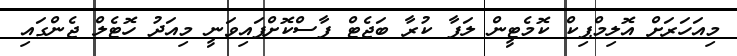
މިއަހަރަށް އޮލިމްޕިކް ކޮމެޓީން ލަފާ ކުރާ ބަޖެޓް ފާސްކޮށްފައިވަނީ މިއަދު ހޮޓެލް ޖެންގައި